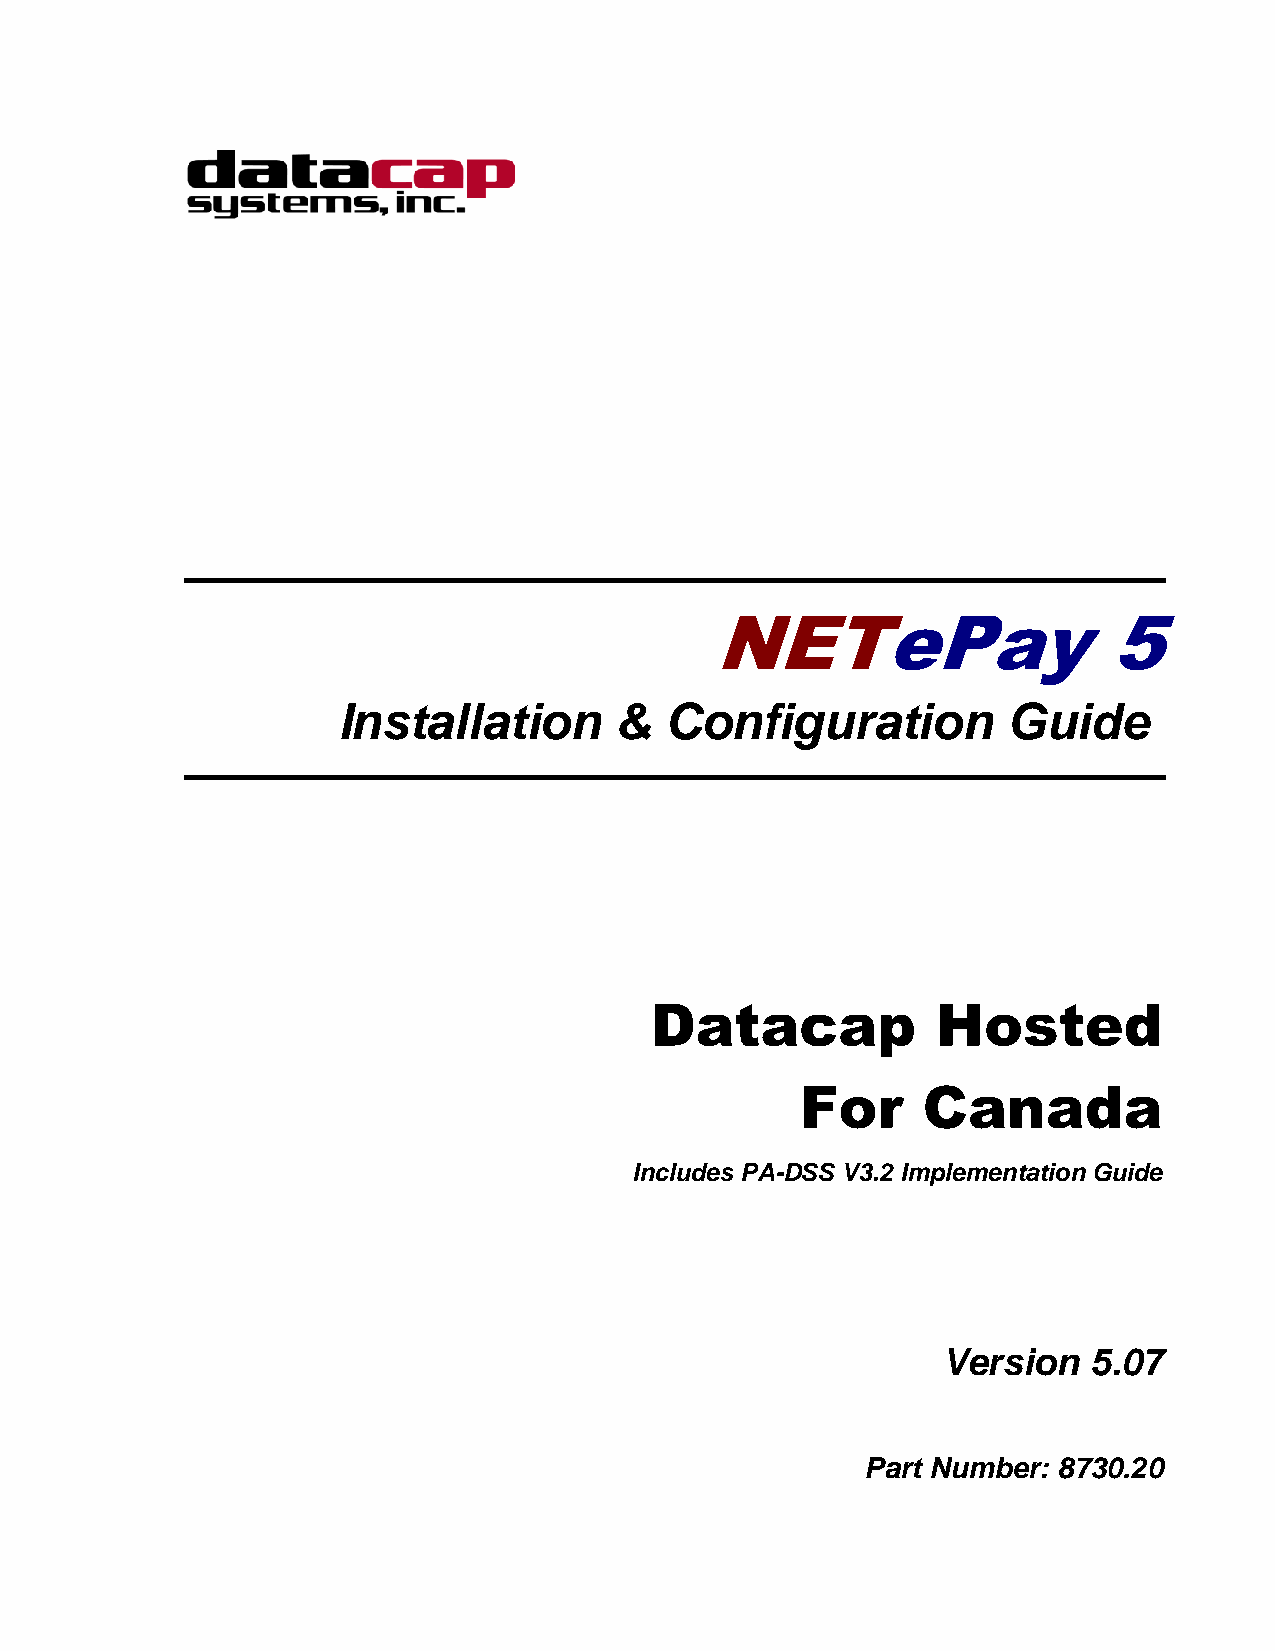
NETePay                   5
 Installation       &  Configuration          Guide
 Datacap            Hosted
 For     Canada
 Includes PA-DSS V3.2 Implementation Guide
 Version   5.07
 Part Number: 8730.20